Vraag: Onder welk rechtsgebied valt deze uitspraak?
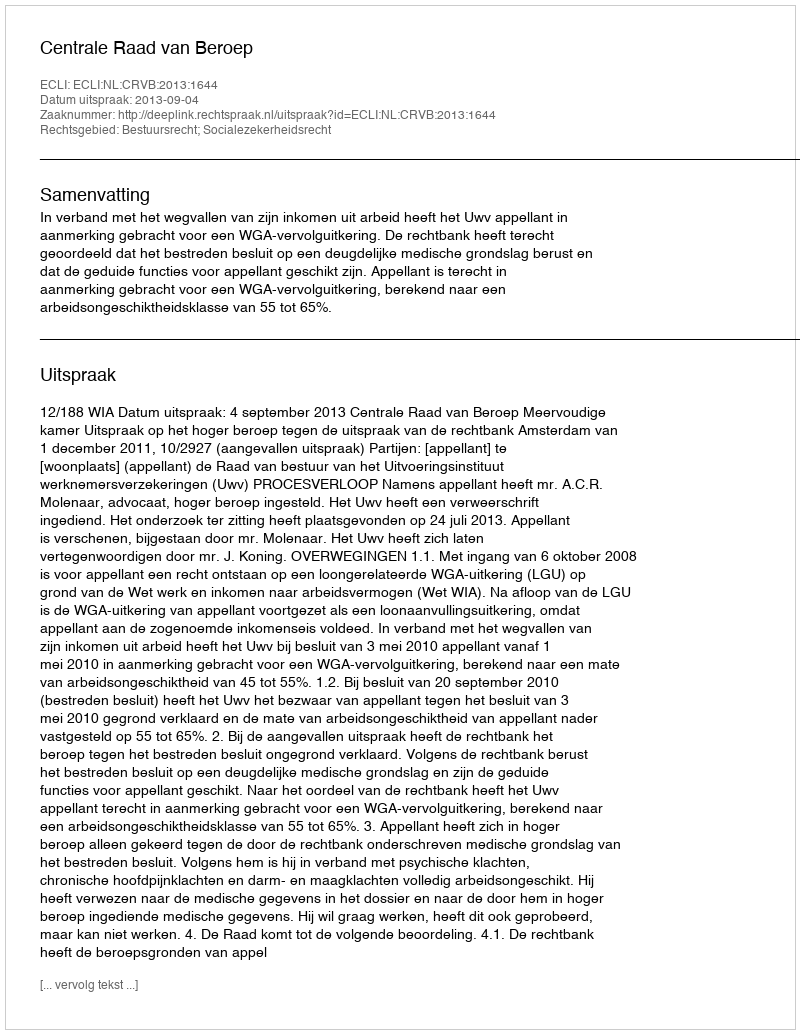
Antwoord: Bestuursrecht; Socialezekerheidsrecht